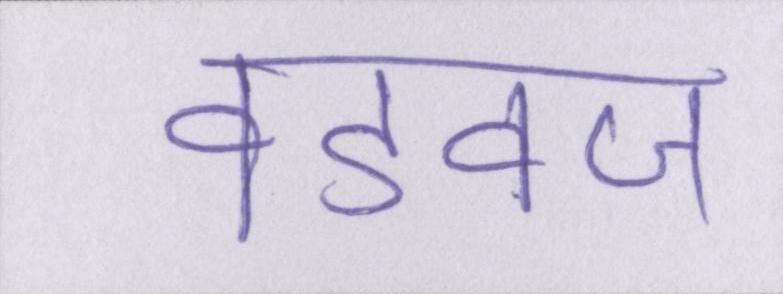
वडवज